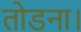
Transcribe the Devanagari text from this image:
तोडना।